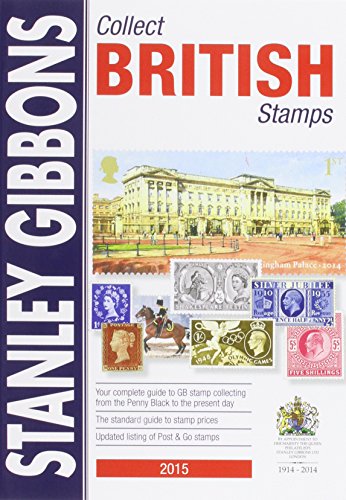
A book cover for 2015 Collect British Stamps Catalogue 66th Edition; Stanley Gibbons; Crafts, Hobbies & Home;